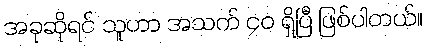
အခုဆိုရင် သူဟာ အသက် ၄၀ ရှိပြီ ဖြစ်ပါတယ်။